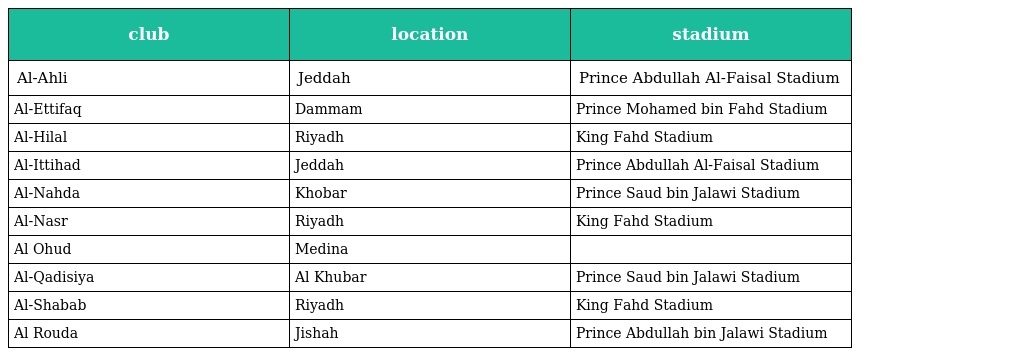
| club | location | stadium |
 | --- | --- | --- |
 | Al-Ahli | Jeddah | Prince Abdullah Al-Faisal Stadium |
 | Al-Ettifaq | Dammam | Prince Mohamed bin Fahd Stadium |
 | Al-Hilal | Riyadh | King Fahd Stadium |
 | Al-Ittihad | Jeddah | Prince Abdullah Al-Faisal Stadium |
 | Al-Nahda | Khobar | Prince Saud bin Jalawi Stadium |
 | Al-Nasr | Riyadh | King Fahd Stadium |
 | Al Ohud | Medina |  |
 | Al-Qadisiya | Al Khubar | Prince Saud bin Jalawi Stadium |
 | Al-Shabab | Riyadh | King Fahd Stadium |
 | Al Rouda | Jishah | Prince Abdullah bin Jalawi Stadium |